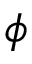
\boldsymbol { \phi }